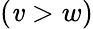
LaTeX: (\mathit{v}>w)